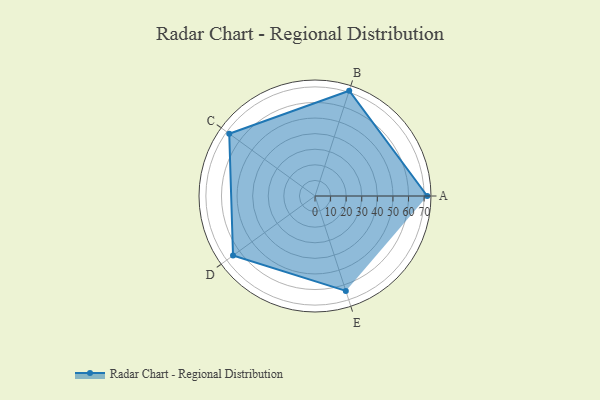
{"axis": {"x": "Skill", "y": "Score"}, "legend": ["Profile"], "data": [{"x": "A", "y": 72.0, "type": "Profile"}, {"x": "B", "y": 71.0, "type": "Profile"}, {"x": "C", "y": 68.0, "type": "Profile"}, {"x": "D", "y": 65.0, "type": "Profile"}, {"x": "E", "y": 64.0, "type": "Profile"}]}